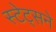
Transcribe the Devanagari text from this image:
स्टेट्सने